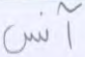
آنس